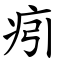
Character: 㽼